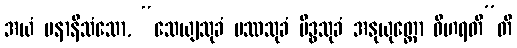
အယံ ပနာနိသံသော, “သေယျသုခံ ပဿသုခံ မိဒ္ဓသုခံ အနုယုတ္တော ဝိဟရတီ”တိ